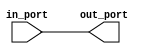
// This is called from VHDL to do a signal alias without a delta cycle
module in2out(input in_port, output out_port);
  assign out_port = in_port;
endmodule